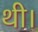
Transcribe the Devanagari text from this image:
थी।